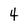
Character: 4